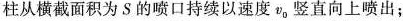
柱从横截面积为S的喷口持续以速度v。竖直向上喷出；